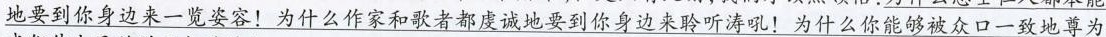
地要到你身边来一览姿容！为什么作家和歌者都虔诚地要到你身边来聆听涛吼！为什么你能够被众口一致地尊为